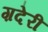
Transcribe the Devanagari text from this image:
ग़देरी